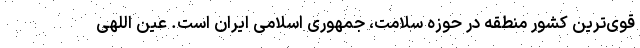
قوی‌ترین کشور منطقه در حوزه سلامت، جمهوری اسلامی ایران است. عین اللهی